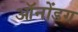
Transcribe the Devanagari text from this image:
ऑनोंडग